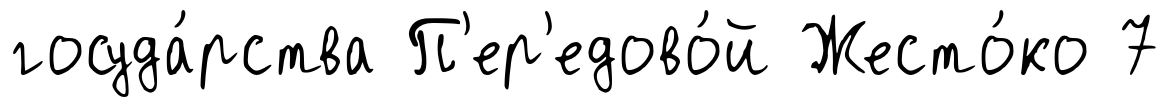
госуда́рства П'ер'едово́й Жесто́ко 7